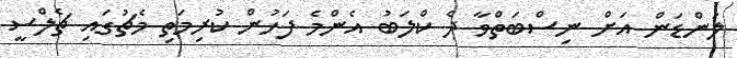
ލަންޑަން އަށް ނިސްބަތްވާ ދެ ކްލަބު އެންމެ ފަހުން ކުރިމަތި މެޗުގައި ޗެލްސީ